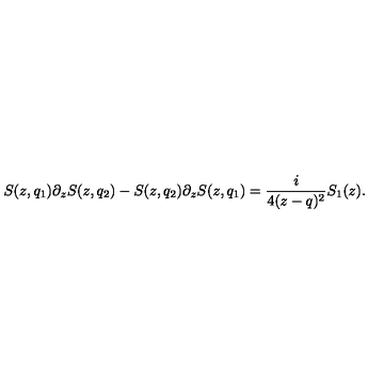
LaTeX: S ( z , q _ { 1 } ) \partial _ { z } S ( z , q _ { 2 } ) - S ( z , q _ { 2 } ) \partial _ { z } S ( z , q _ { 1 } ) = { \frac { i } { 4 ( z - q ) ^ { 2 } } } S _ { 1 } ( z ) .